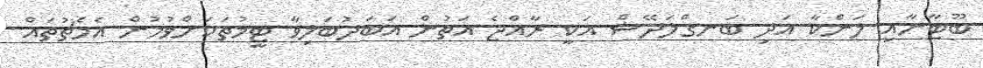
ބޫޓާނާއި ލަންކާ އަދި ބަނގްލަދޭޝް އަކީ ރާއްޖެ އަތުން އަބަދުބަލިވާ ޓީމުތަކަށްވުމުން އެމެޗުތައް